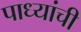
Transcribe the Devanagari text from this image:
पाध्यांची